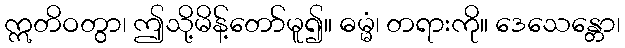
ဣတိဝတွာ၊ ဤသို့မိန့်တော်မူ၍။ ဓမ္မံ၊ တရားကို။ ဒေသေန္တော၊